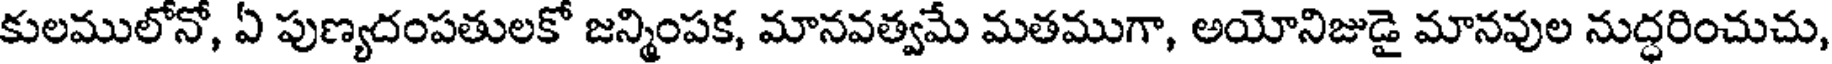
కులములోనో, ఏ పుణ్యదంపతులకో జన్మింపక, మానవత్వమే మతముగా, అయోనిజుడై మానవుల నుద్ధరించుచు,